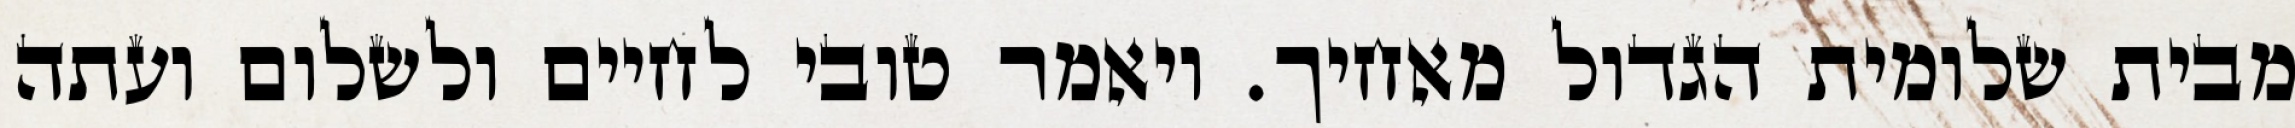
מבית שלומית הגדול מאחיך. ויאמר טובי לחיים ולשלום ועתה